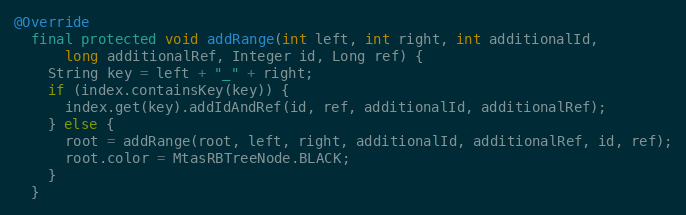
Language: Java
@Override
  final protected void addRange(int left, int right, int additionalId,
      long additionalRef, Integer id, Long ref) {
    String key = left + "_" + right;
    if (index.containsKey(key)) {
      index.get(key).addIdAndRef(id, ref, additionalId, additionalRef);
    } else {
      root = addRange(root, left, right, additionalId, additionalRef, id, ref);
      root.color = MtasRBTreeNode.BLACK;
    }
  }